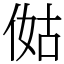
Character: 㑬